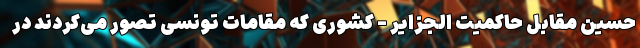
حسین مقابل حاکمیت الجزایر - کشوری که مقامات تونسی تصور می‌کردند در